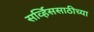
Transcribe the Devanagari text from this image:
सर्व्हिससाठीच्या